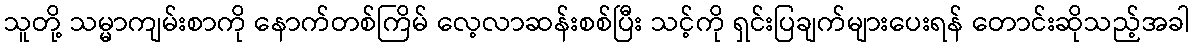
သူတို့ သမ္မာကျမ်းစာကို နောက်တစ်ကြိမ် လေ့လာဆန်းစစ်ပြီး သင့်ကို ရှင်းပြချက်များပေးရန် တောင်းဆိုသည့်အခါ